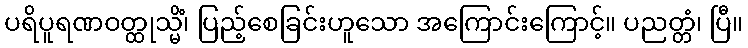
ပရိပူရဏဝတ္ထုသ္မိံ၊ ပြည့်စေခြင်းဟူသော အကြောင်းကြောင့်။ ပညတ္တံ၊ ပြီ။